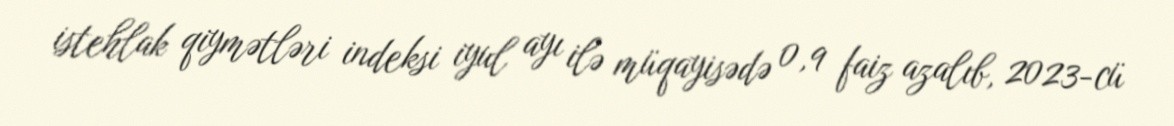
istehlak qiymətləri indeksi iyul ayı ilə müqayisədə 0,9 faiz azalıb, 2023-cü